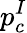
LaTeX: p_{c}^{I}